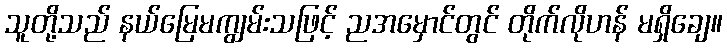
သူတို့သည် နယ်မြေမကျွမ်းသဖြင့် ညအမှောင်တွင် တိုက်လိုဟန် မရှိချေ။